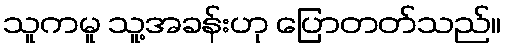
သူကမူ သူ့အခန်းဟု ပြောတတ်သည်။